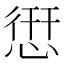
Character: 𢝐